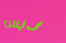
ديس